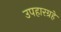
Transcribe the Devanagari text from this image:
उपहारग्रहे